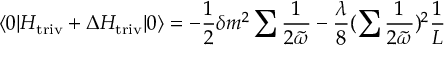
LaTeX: \langle 0 | H _ { \mathrm { t r i v } } + \Delta H _ { \mathrm { t r i v } } | 0 \rangle = - \frac { 1 } { 2 } \delta m ^ { 2 } \sum \frac { 1 } { 2 \tilde { \omega } } - \frac { \lambda } { 8 } ( \sum \frac { 1 } { 2 \tilde { \omega } } ) ^ { 2 } \frac { 1 } { L }